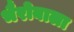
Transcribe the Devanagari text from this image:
भैरोबाला